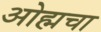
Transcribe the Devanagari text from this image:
ओह्मचा